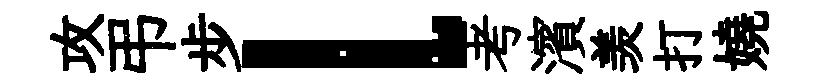
攻弔步l考濱羡打嬈